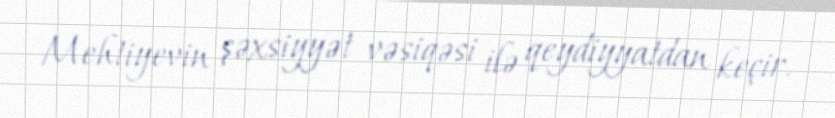
Mehtiyevin şəxsiyyət vəsiqəsi ilə qeydiyyatdan keçir.